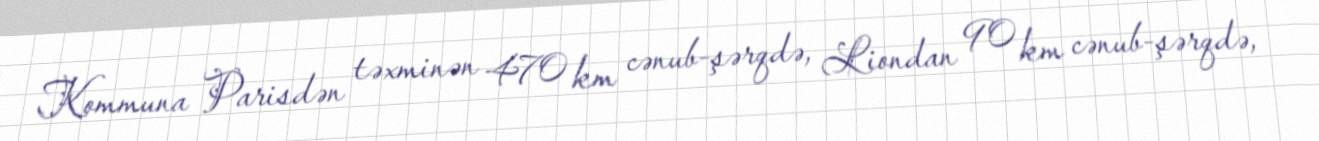
Kommuna Parisdən təxminən 470 km cənub-şərqdə, Liondan 90 km cənub-şərqdə,